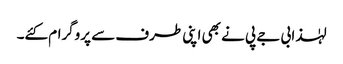
لہٰذا بی جے پی نے بھی اپنی طرف سے پروگرام کئے۔